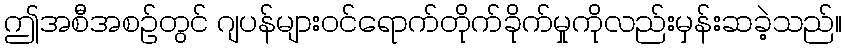
ဤအစီအစဉ်တွင် ဂျပန်များဝင်ရောက်တိုက်ခိုက်မှုကိုလည်းမှန်းဆခဲ့သည်။